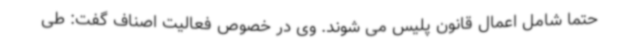
حتما شامل اعمال قانون پلیس می شوند. وی در خصوص فعالیت اصناف گفت: طی